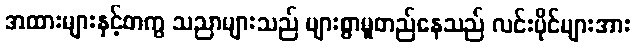
အထားများနှင့်တကွ သညာများသည် များစွာမူတည်နေသည် လင်းပိုင်များအား